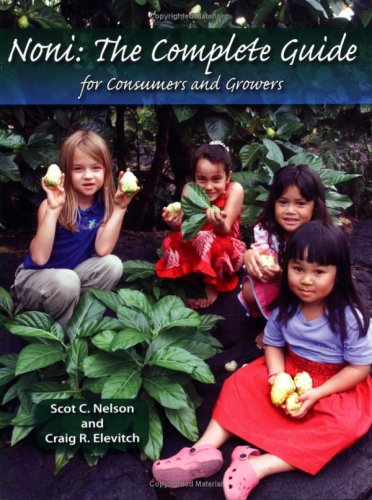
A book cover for Noni: The Complete Guide for Consumers And Growers; Scot C. Nelson; Crafts, Hobbies & Home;